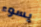
يسوء